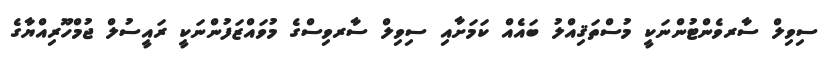
ސިވިލް ސާރވެންޓުންނަކީ މުސްތަޤިއްލު ބައެއް ކަމަށާއި ސިވިލް ސާރވިސްގެ މުވައްޒަފުންނަކީ ރައީސުލް ޖުމްހޫރިއްޔާގެ